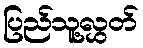
ပြည်သူ့လွှတ်